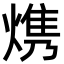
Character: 㷪